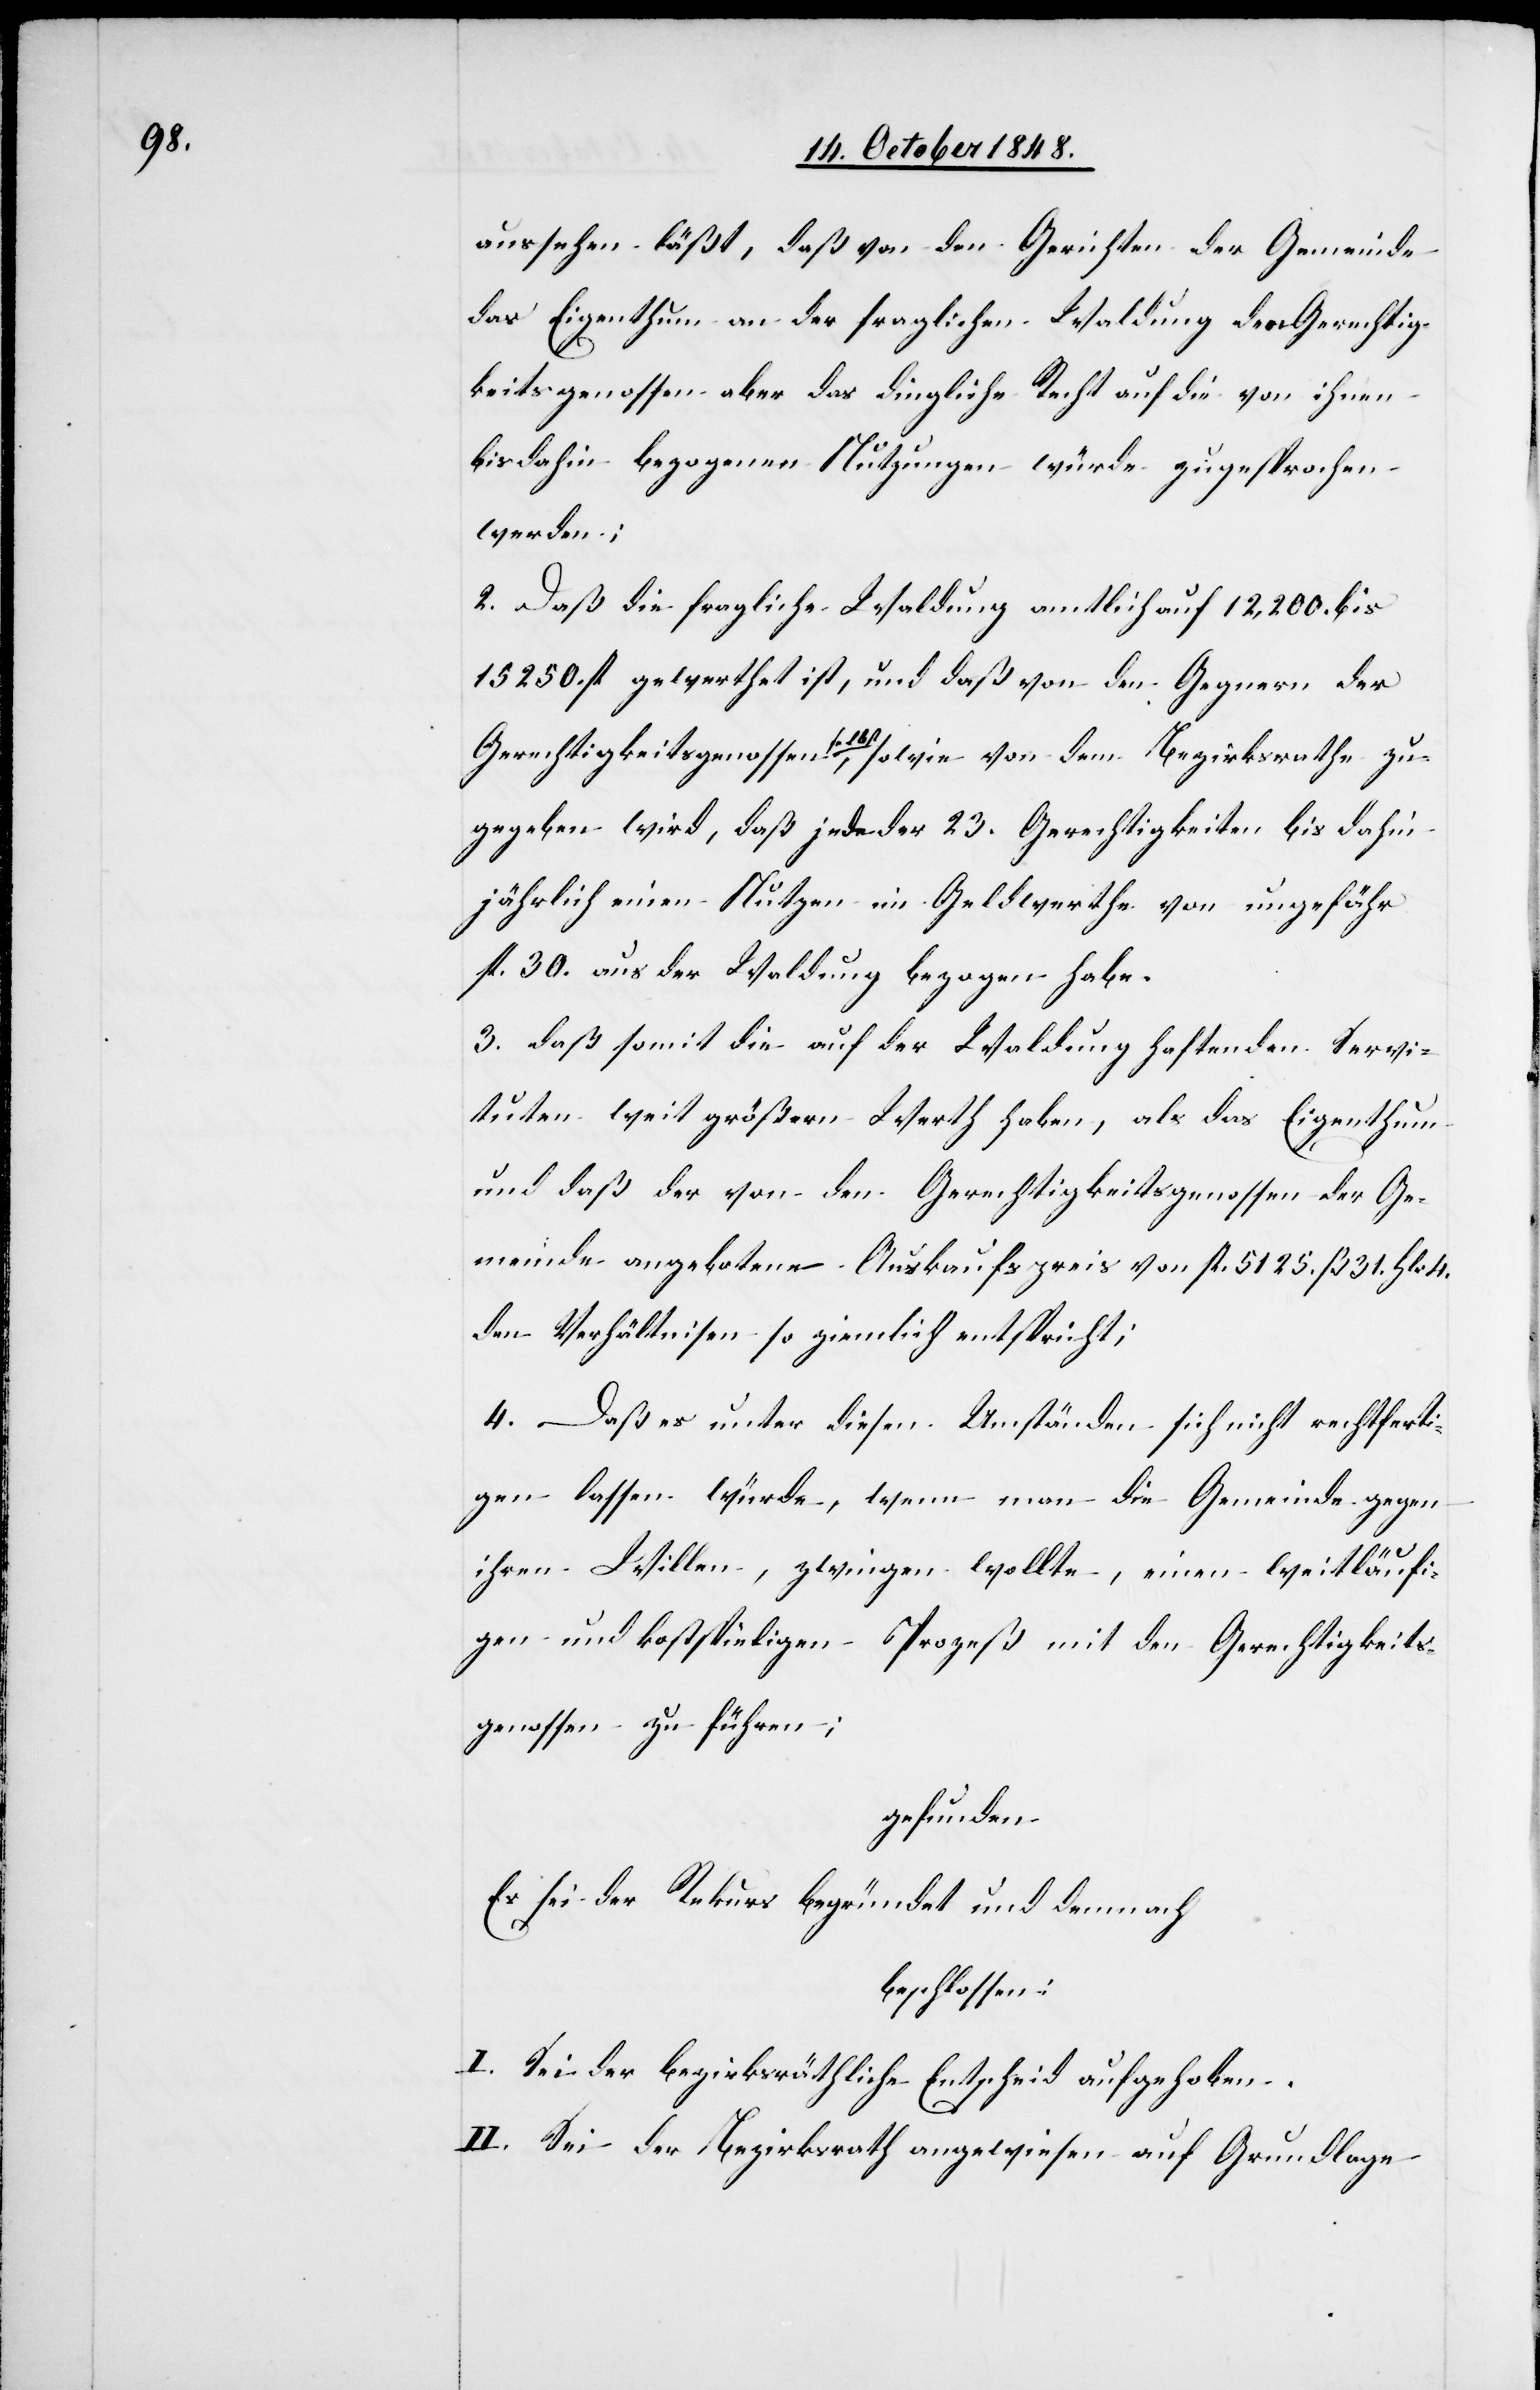
aussehen läßt, daß von den Gerichten der Gemeinde
das Eigenthum an der fraglichen Waldung[,] den Gerechtig¬
keitsgenossen aber das dingliche Recht auf die von ihnen
bis dahin bezogenen Nutzungen würde zugesprochen
werden;
2. Daß die fragliche Waldung amtlich auf 12,200. bis
15250. fl. gewerthet ist, und daß von den Gegnern der
Gerechtigkeitsgenossen selbst, sowie von dem Bezirksrathe zu¬
gegeben wird, daß jede der 23. Gerechtigkeiten bis dahin
jährlich einen Nutzen im Geldwerthe von ungefähr
fl. 30. aus der Waldung bezogen habe.
3. daß somit die auf der Waldung haftenden Servi¬
tuten weit größern Werth haben, als das Eigenthum
und daß der von den Gerechtigkeitsgenossen der Ge¬
meinde angebotene Auskaufspreis von fl. 5125. ß. 31. Hlr. 4.
den Verhältnisen so ziemlich entspricht;
4. Daß es unter diesen Umständen sich nicht rechtferti¬
gen lassen würde, wenn man die Gemeinde gegen
ihren Willen, zwingen wollte, einen weitläufi¬
gen und kostspieligen Prozeß mit den Gerechtigkeits¬
genossen zu führen;
gefunden:
Es sei der Rekurs begründet und demnach
beschlossen:
I. Sei der bezirksräthliche Entscheid aufgehoben.
II. Sei der Bezirksrath angewiesen auf Grundlage